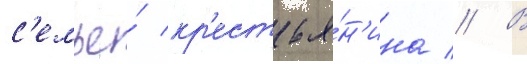
с'емье́ кр'естья́н'ина // В